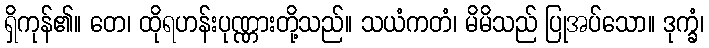
ရှိကုန်၏။ တေ၊ ထိုရဟန်းပုဏ္ဏားတို့သည်။ သယံကတံ၊ မိမိသည် ပြုအပ်သော။ ဒုက္ခံ၊